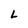
Character: L